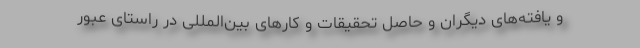
و یافته‌های دیگران و حاصل تحقیقات و کارهای بین‌المللی در راستای عبور